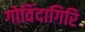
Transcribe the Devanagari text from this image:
गोविंदागिरि